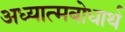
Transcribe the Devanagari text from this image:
अध्यात्मबोधार्थ